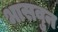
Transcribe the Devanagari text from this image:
भासवुन